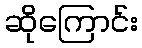
ဆိုကြောင်း